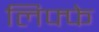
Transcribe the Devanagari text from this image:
लिफ्फे